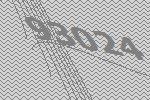
93024